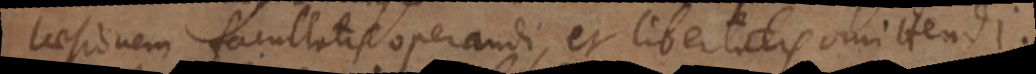
laesionem facultatis operandi, et libertatis omittendi.